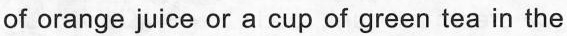
of orange juice or a cup of green tea in the